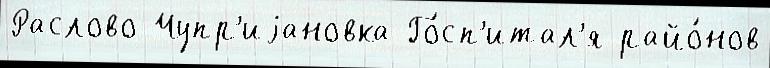
Раслово Чупр'иjановка Го́сп'итал'я райо́нов